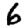
Digit: 6